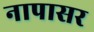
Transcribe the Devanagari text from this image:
नापासर